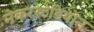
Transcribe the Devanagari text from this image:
नेकरस्टेडियोन